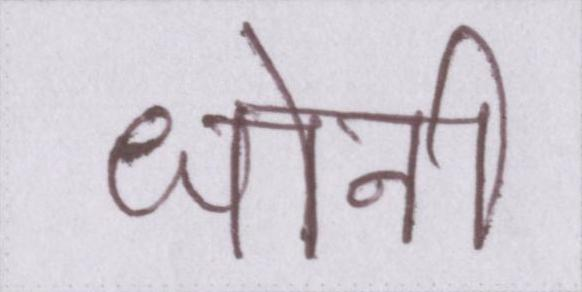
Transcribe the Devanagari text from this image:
धोनी